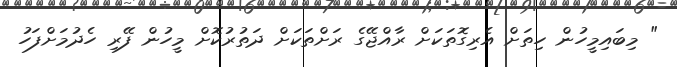
" މިބައިމީހުން ހިތަށް އެރިގޮތަކަށް ރާއްޖޭގެ ރަށްތަކަށް ދަތުރުކޮށް މީހުން ފޭރި ހެދުމަށްފަހު